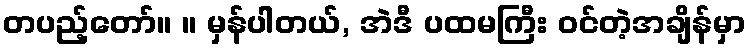
တပည့်တော်။ ။ မှန်ပါတယ်, အဲဒီ ပထမကြီး ဝင်တဲ့အချိန်မှာ